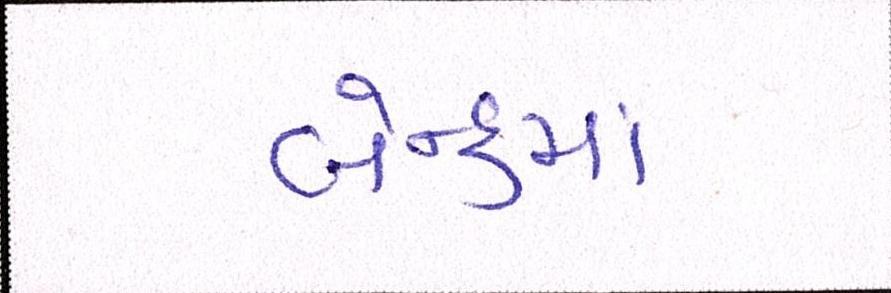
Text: બૅન્કમાં